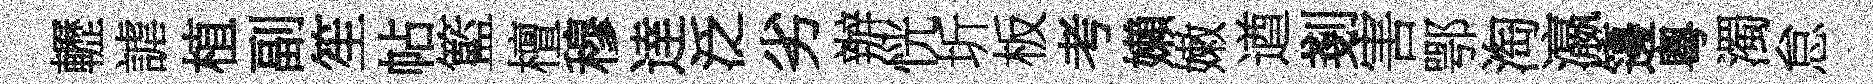
轣謔植副笙帖籃檀穆逹泛劣辦恍圻板考嬾嫩遒剗害鄂淘瀛籩粵濁怠